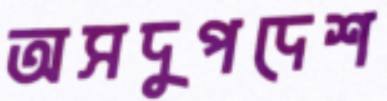
অসদুপদেশ